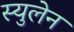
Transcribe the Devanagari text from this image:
स्युलेन